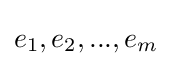
{\textstyle e_{1},e_{2},...,e_{m}}